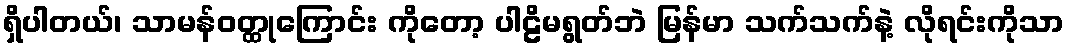
ရှိပါတယ်၊ သာမန်ဝတ္ထုကြောင်း ကိုတော့ ပါဠိမရွတ်ဘဲ မြန်မာ သက်သက်နဲ့ လိုရင်းကိုသာ